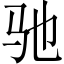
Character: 驰